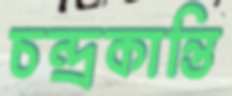
চন্দ্রকান্তি